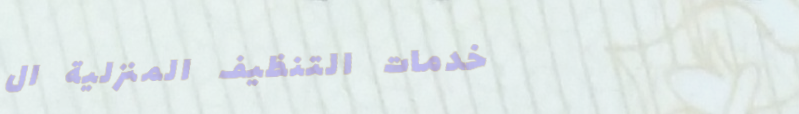
خدمات التنظيف المنزلية ال